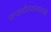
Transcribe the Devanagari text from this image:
राजगौरवासारखे